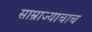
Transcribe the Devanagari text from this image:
साम्राज्याचाच